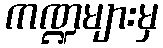
ကဏ္ဍများမှ